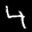
Label: 4